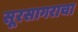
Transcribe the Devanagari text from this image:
सूरसागराचा